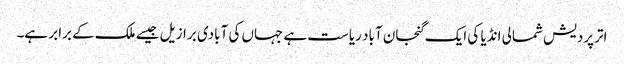
اترپردیش شمالی انڈیا کی ایک گنجان آباد ریاست ہے جہاں کی آبادی برازیل جیسے ملک کے برابر ہے۔